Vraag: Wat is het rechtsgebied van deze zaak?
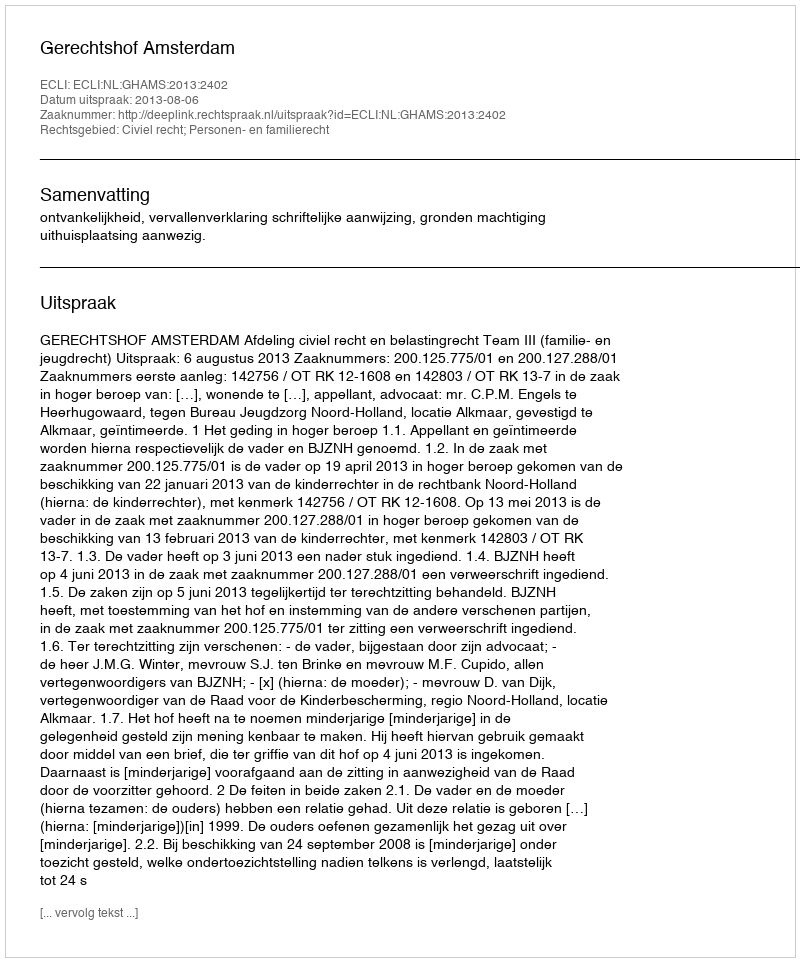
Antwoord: Civiel recht; Personen- en familierecht